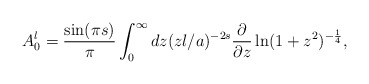
\begin{align*}A_{0}^{l}={\sin(\pi s)\over \pi}\int_{0}^{\infty}dz (zl/a)^{-2s}{\partial \over \partial z}\ln (1+z^{2})^{-{1\over 4}} ,\end{align*}